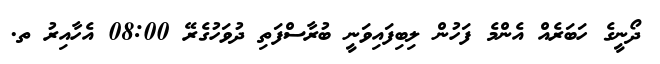
ދޯނީގެ ހަބަރެއް އެންމެ ފަހުން ލިބިފައިވަނީ ބުރާސްފަތި ދުވަހުގެރޭ 08:00 އެހާއިރު ތ.